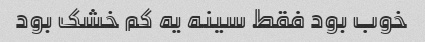
خوب بود فقط سینه یه کم خشک بود